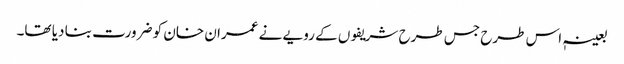
بعینہٖ اس طرح جس طرح شریفوں کے رویے نے عمران خان کو ضرورت بنا دیا تھا۔